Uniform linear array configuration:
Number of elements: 8
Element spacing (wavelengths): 1
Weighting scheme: kaiser
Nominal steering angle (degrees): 15
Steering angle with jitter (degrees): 16.917
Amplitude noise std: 0.05
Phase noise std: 0.05

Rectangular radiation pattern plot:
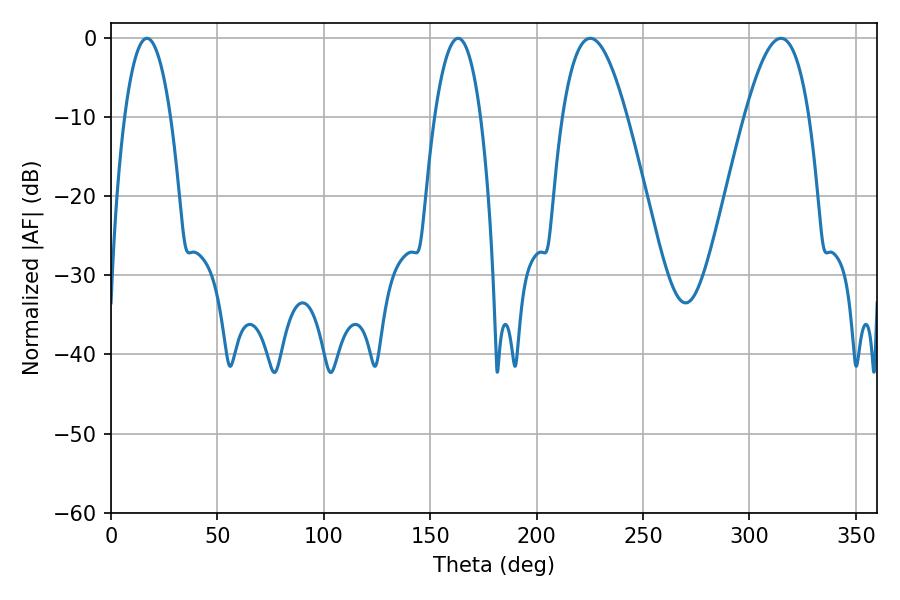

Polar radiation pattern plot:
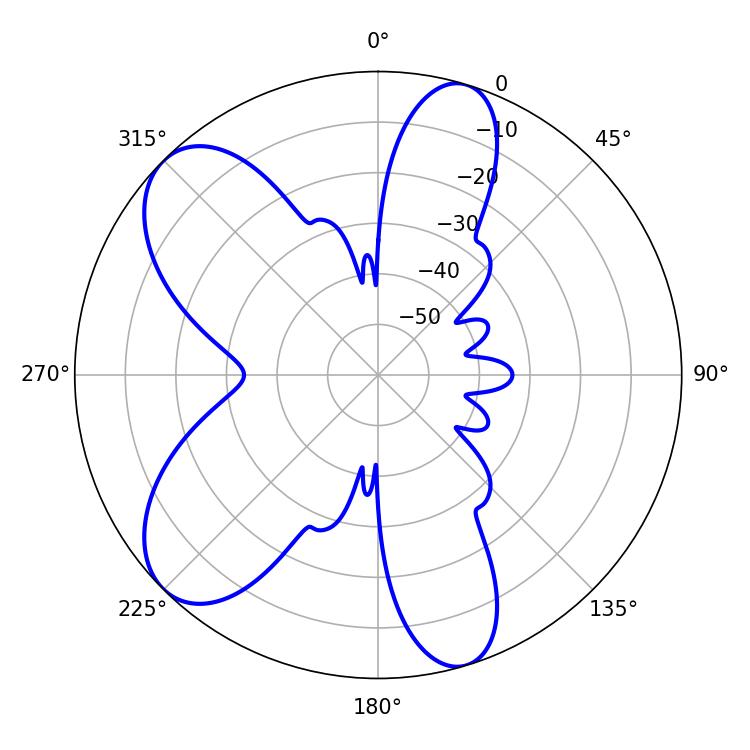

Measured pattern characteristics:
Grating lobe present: TRUE
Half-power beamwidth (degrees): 16.56
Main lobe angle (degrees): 225.18